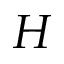
H